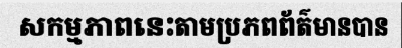
សកម្មភាពនេះតាមប្រភពព័ត៌មានបាន